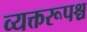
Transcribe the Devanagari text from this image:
व्यक्तरूपश्च